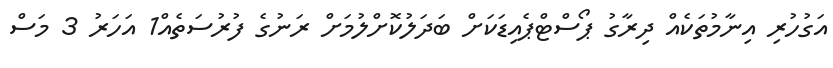
އަގުހުރި އިނާމުތަކެއް ދިރާގު ޕޯސްޓްޕެއިޑަކަށް ބަދަލުކޮށްލުމަށް ރަނުގެ ފުރުސަތެއް1 އަހަރު 3 މަސް